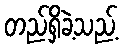
တည်ရှိခဲ့သည့်